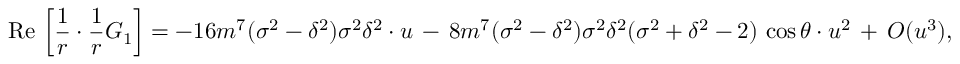
\mathrm { R e } \, \left[ \frac { 1 } { r } \cdot \frac { 1 } { r } G _ { 1 } \right] = - 1 6 m ^ { 7 } ( \sigma ^ { 2 } - \delta ^ { 2 } ) \sigma ^ { 2 } \delta ^ { 2 } \cdot u \, - \, 8 m ^ { 7 } ( \sigma ^ { 2 } - \delta ^ { 2 } ) \sigma ^ { 2 } \delta ^ { 2 } ( \sigma ^ { 2 } + \delta ^ { 2 } - 2 ) \, \cos \theta \cdot u ^ { 2 } \, + \, { \cal O } ( u ^ { 3 } ) ,